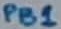
Text: PB1